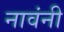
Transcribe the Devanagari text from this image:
नावंनी